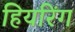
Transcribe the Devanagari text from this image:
हियरिंग